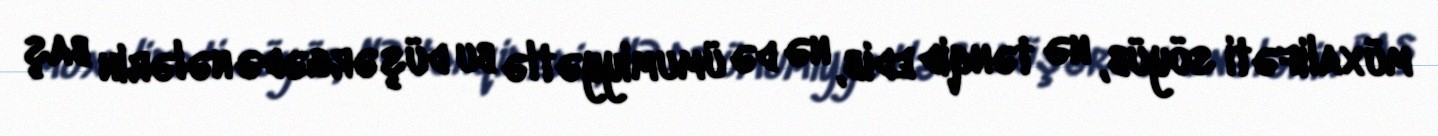
müxalifəti söyüb, nə tənqid edib, nə də ümumiyyətlə bu düşərgədə nələrin baş